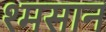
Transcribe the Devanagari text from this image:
श्मसान